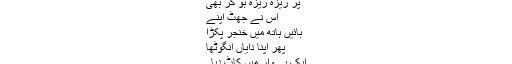
پر ریزہ ریزہ ہو کر بھی
اس نے جھٹ اپنے
بائیں ہاتھ میں خنجر پکڑا
پھر اپنا دایاں انگوٹھا
ایک ہی وار میں کاٹ دیا ۔